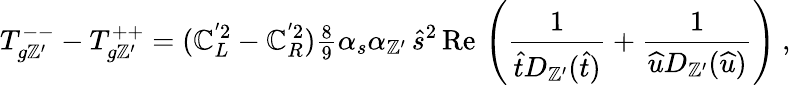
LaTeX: T_{g\mathbb{Z}^{\prime}}^{--}-T_{g\mathbb{Z}^{\prime}}^{++}=(\mathbb{C}_{L}^{'2}-\mathbb{C}_{R}^{'2}){\textstyle{\frac{{8}}{{9}}}}\alpha_{s}\alpha_{\mathbb{Z}^{\prime}}\, \widehat{s}^{2}\, \mathrm{{Re}}\, \left({\frac{{1}}{{\widehat{t}D_{\mathbb{Z}^{\prime}}(\widehat{t})}}}+{\frac{{1}}{{\widehat{u}D_{\mathbb{Z}^{\prime}}(\widehat{u})}}}\right)\ ,